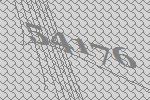
54176